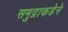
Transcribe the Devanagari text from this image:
समुद्राकडेने